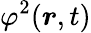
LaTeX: \varphi^{2}(\boldsymbol{r},t)